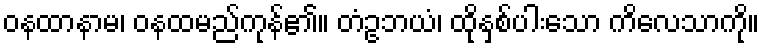
ဝနထာနာမ၊ ဝနထမည်ကုန်၏။ တံဥဘယံ၊ ထိုနှစ်ပါးသော ကိလေသာကို။